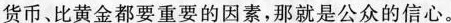
货币、比黄金都要重要的因素，那就是公众的信心。